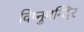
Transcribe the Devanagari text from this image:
विष्नुमन्दिर